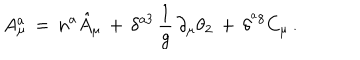
A _ { \mu } ^ { a } \, = \, n ^ { a } \hat { A } _ { \mu } \, + \, \delta ^ { a 3 } \, \frac { 1 } { g } \, \partial _ { \mu } \theta _ { 2 } \, + \, \delta ^ { ^ a 8 } C _ { \mu } \, .